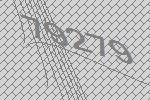
79279